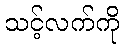
သင့်လက်ကို